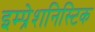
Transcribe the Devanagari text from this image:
इम्प्रेशनिस्टिक